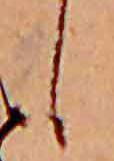
し